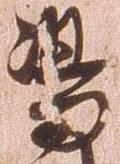
島